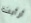
أرأيت